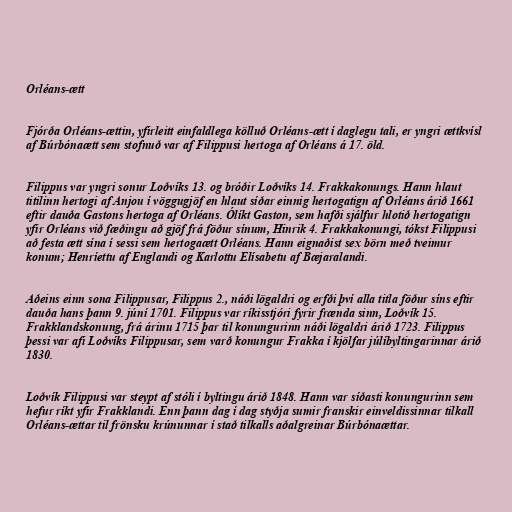
Orléans-ætt

Fjórða Orléans-ættin, yfirleitt einfaldlega kölluð Orléans-ætt í daglegu tali, er yngri ættkvísl
af Búrbónaætt sem stofnuð var af Filippusi hertoga af Orléans á 17. öld.

Filippus var yngri sonur Loðvíks 13. og bróðir Loðvíks 14. Frakkakonungs. Hann hlaut
titilinn hertogi af Anjou í vöggugjöf en hlaut síðar einnig hertogatign af Orléans árið 1661
eftir dauða Gastons hertoga af Orléans. Ólíkt Gaston, sem hafði sjálfur hlotið hertogatign
yfir Orléans við fæðingu að gjöf frá föður sínum, Hinrik 4. Frakkakonungi, tókst Filippusi
að festa ætt sína í sessi sem hertogaætt Orléans. Hann eignaðist sex börn með tveimur
konum; Henríettu af Englandi og Karlottu Elísabetu af Bæjaralandi.

Aðeins einn sona Filippusar, Filippus 2., náði lögaldri og erfði því alla titla föður síns eftir
dauða hans þann 9. júní 1701. Filippus var ríkisstjóri fyrir frænda sinn, Loðvík 15.
Frakklandskonung, frá árinu 1715 þar til konungurinn náði lögaldri árið 1723. Filippus
þessi var afi Loðvíks Filippusar, sem varð konungur Frakka í kjölfar júlíbyltingarinnar árið
1830.

Loðvík Filippusi var steypt af stóli í byltingu árið 1848. Hann var síðasti konungurinn sem
hefur ríkt yfir Frakklandi. Enn þann dag í dag styðja sumir franskir einveldissinnar tilkall
Orléans-ættar til frönsku krúnunnar í stað tilkalls aðalgreinar Búrbónaættar.